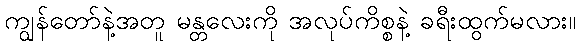
ကျွန်တော်နဲ့အတူ မန္တလေးကို အလုပ်ကိစ္စနဲ့ ခရီးထွက်မလား။